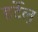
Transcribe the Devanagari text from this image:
हर्टेल्